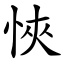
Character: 悏